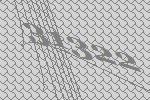
31322